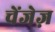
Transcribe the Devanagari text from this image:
चेंजेज़